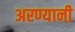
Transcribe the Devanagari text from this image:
अरण्यानी